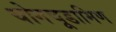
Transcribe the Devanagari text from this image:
योगचूडामिण